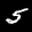
Label: 5